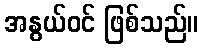
အနွယ်ဝင် ဖြစ်သည်။